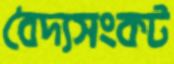
বৈদ্যসংকট